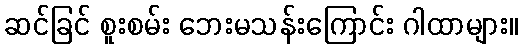
ဆင်ခြင် စူးစမ်း ဘေးမသန်းကြောင်း ဂါထာများ။